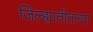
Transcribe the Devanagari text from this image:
जिल्ह्यातीतल्या